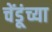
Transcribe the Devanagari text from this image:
चेंडूंच्या